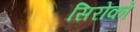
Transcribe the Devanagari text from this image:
सिरोंको